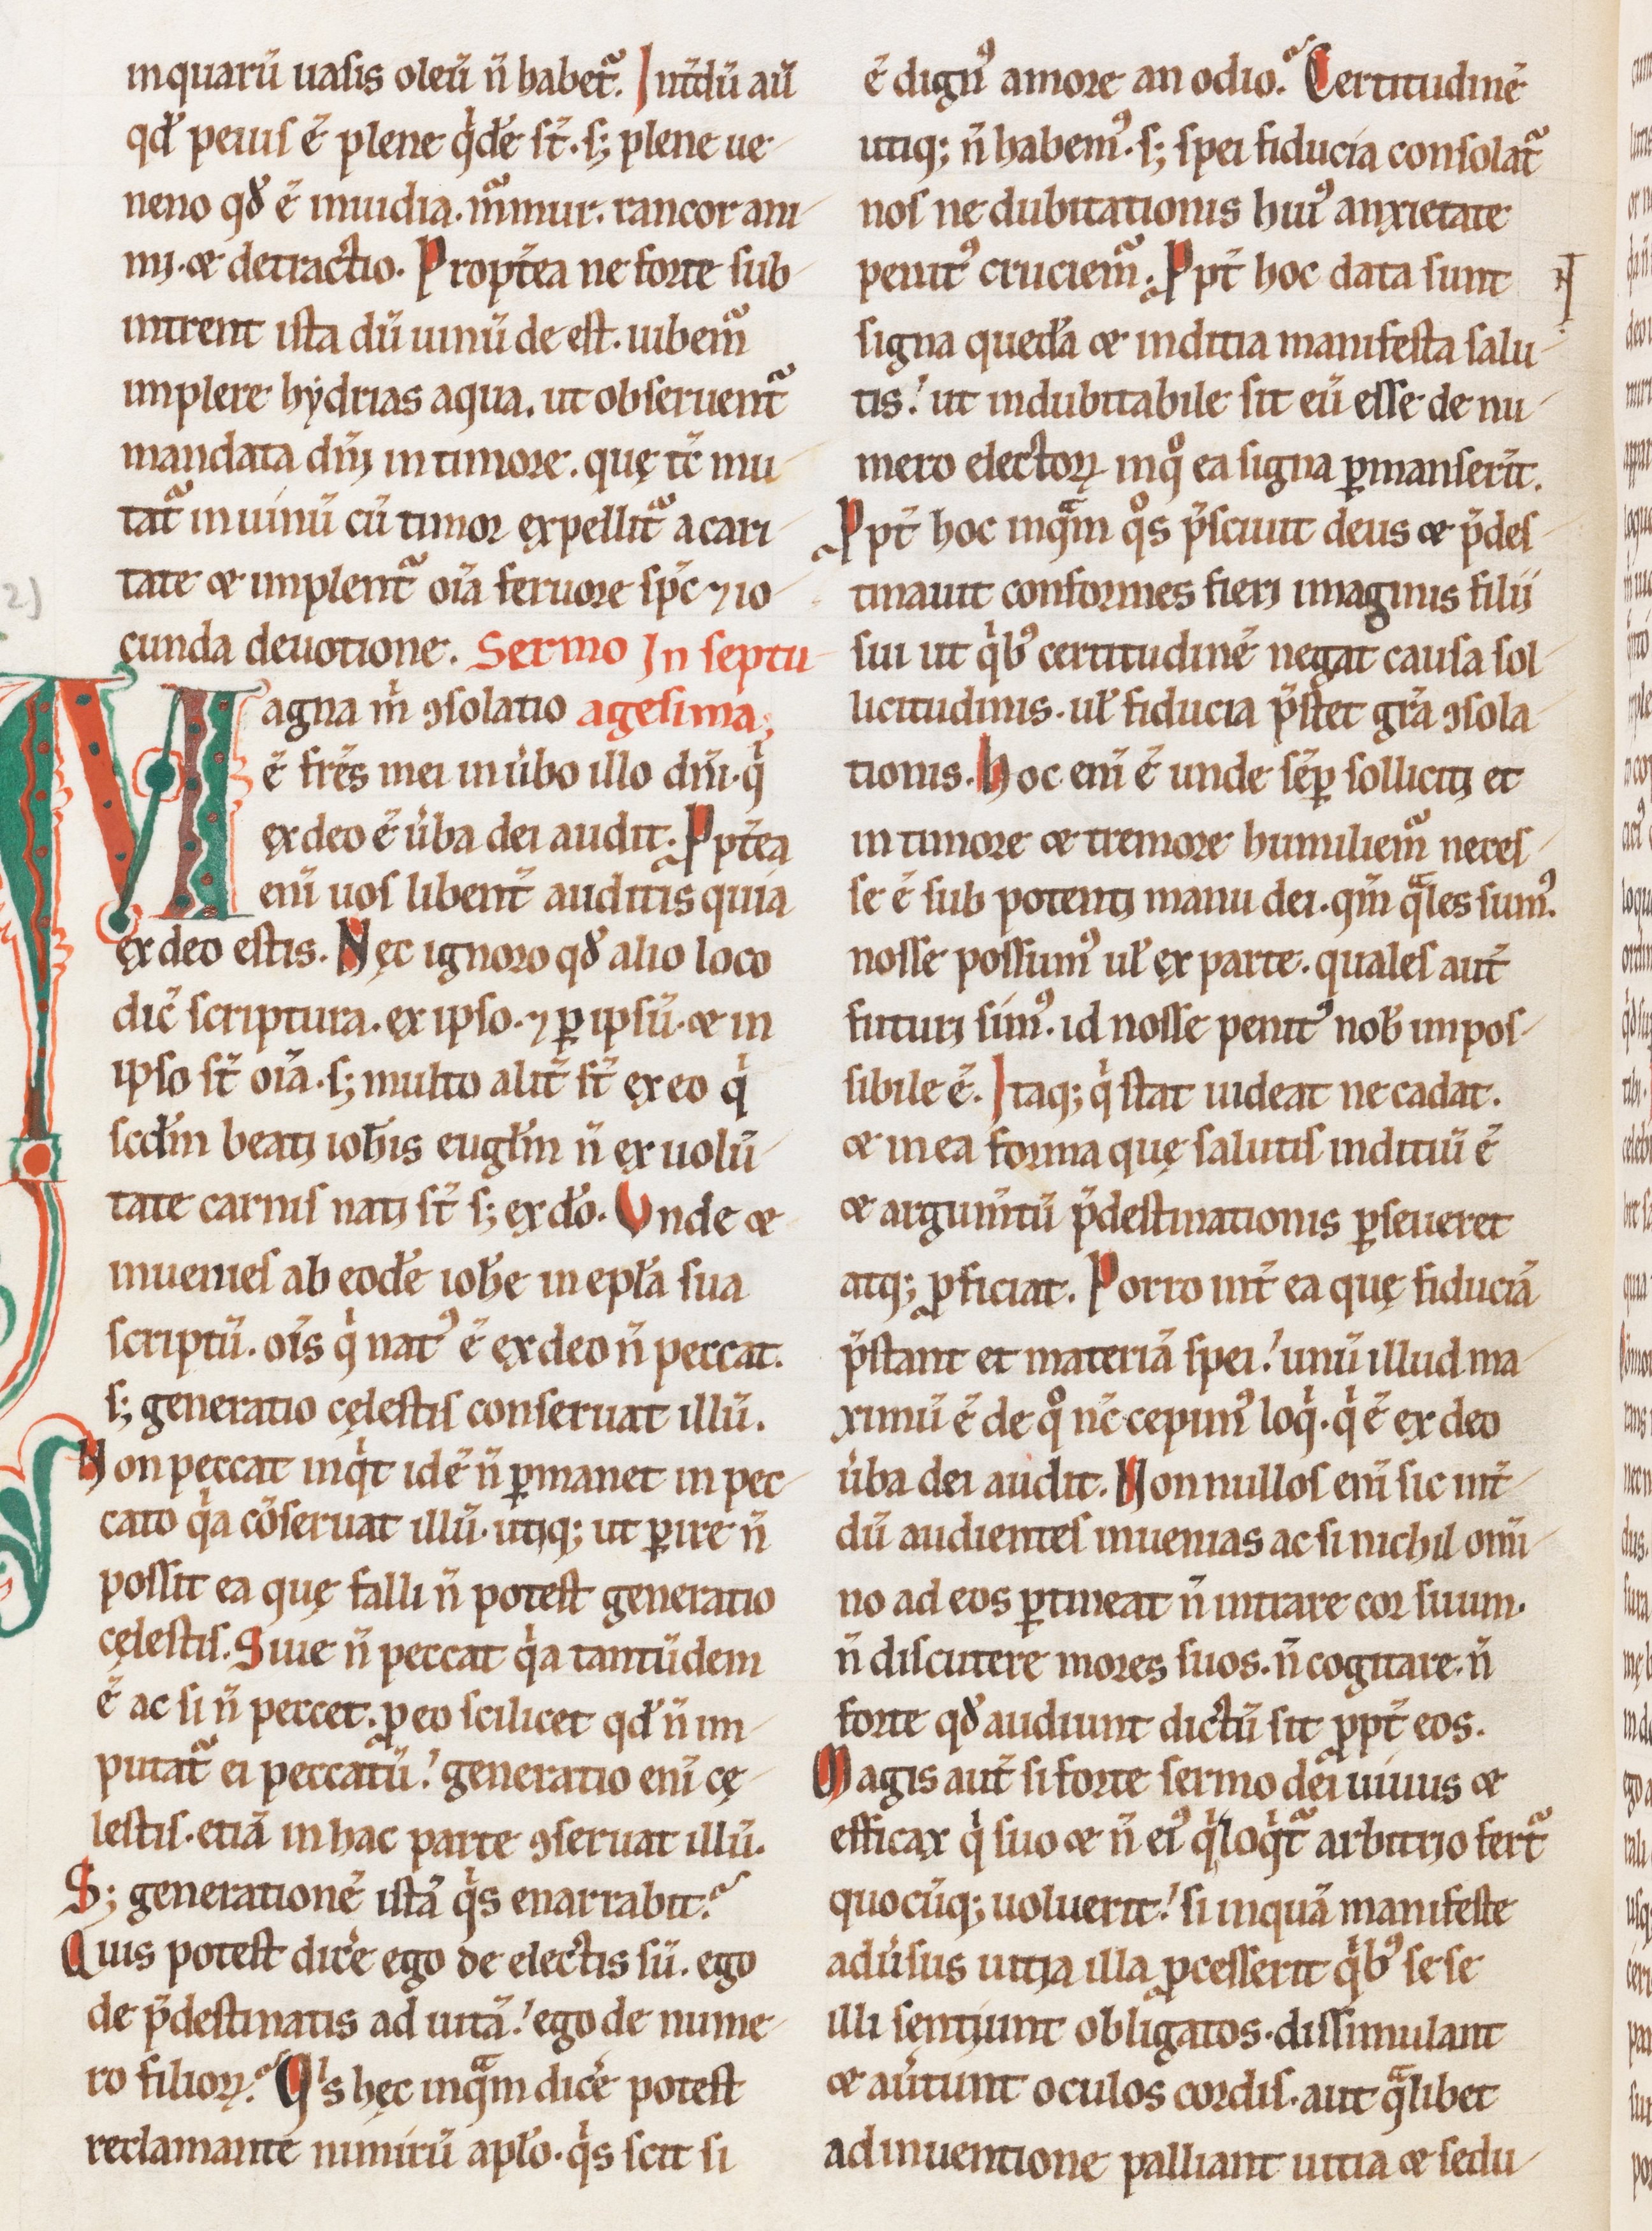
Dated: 1100–1199